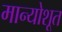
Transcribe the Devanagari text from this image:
मान्योशूत